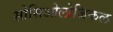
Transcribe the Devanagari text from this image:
सोसिओलोजिकल